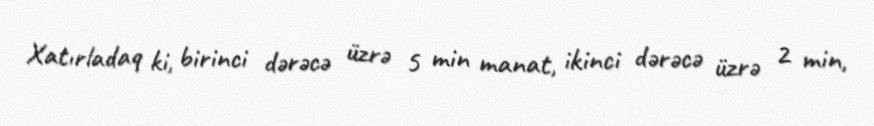
Xatırladaq ki, birinci dərəcə üzrə 5 min manat, ikinci dərəcə üzrə 2 min,